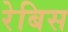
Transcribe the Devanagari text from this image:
रेबिस